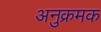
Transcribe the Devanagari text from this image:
अनुक्रमक